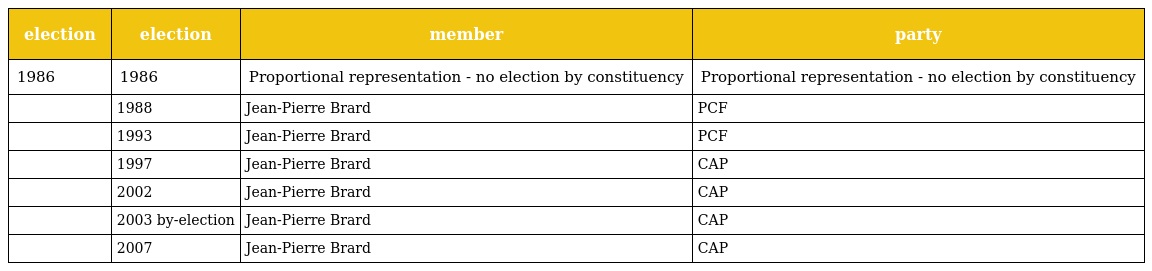
| election | election | member | party |
 | --- | --- | --- | --- |
 | 1986 | 1986 | Proportional representation - no election by constituency | Proportional representation - no election by constituency |
 |  | 1988 | Jean-Pierre Brard | PCF |
 |  | 1993 | Jean-Pierre Brard | PCF |
 |  | 1997 | Jean-Pierre Brard | CAP |
 |  | 2002 | Jean-Pierre Brard | CAP |
 |  | 2003 by-election | Jean-Pierre Brard | CAP |
 |  | 2007 | Jean-Pierre Brard | CAP |